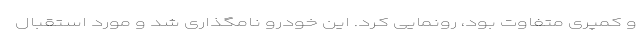
و کمپری متفاوت بود، رونمایی کرد. این خودرو نامگذاری شد و مورد استقبال